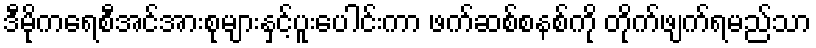
ဒီမိုကရေစီအင်အားစုများနှင့်ပူးပေါင်းကာ ဖက်ဆစ်စနစ်ကို တိုက်ဖျက်ရမည်သာ